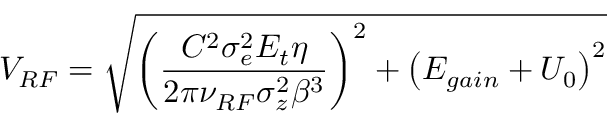
V _ { R F } = \sqrt { \left( \frac { C ^ { 2 } \sigma _ { e } ^ { 2 } E _ { t } \eta } { 2 \pi \nu _ { R F } \sigma _ { z } ^ { 2 } \beta ^ { 3 } } \right) ^ { 2 } + \left( E _ { g a i n } + U _ { 0 } \right) ^ { 2 } }